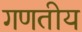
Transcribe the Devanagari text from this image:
गणतीय